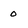
Character: o